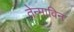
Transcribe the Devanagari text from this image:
तेन्माविन